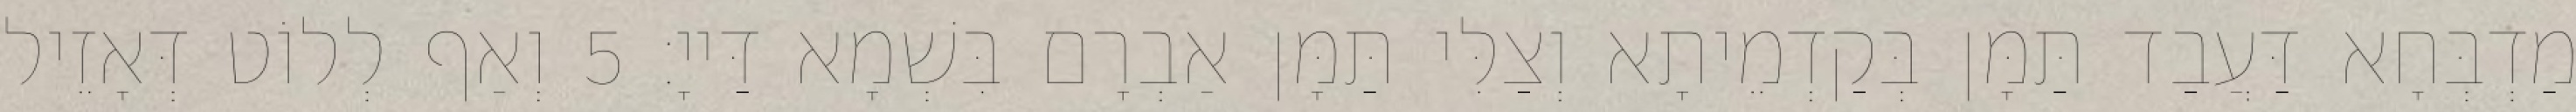
מַדְבְּחָא דַּעֲבַד תַּמָּן בְּקַדְמֵיתָא וְצַלִּי תַּמָּן אַבְרָם בִּשְׁמָא דַּייָ׃ 5 וְאַף לְלוֹט דְּאָזֵיל